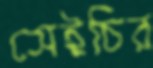
সেইচির